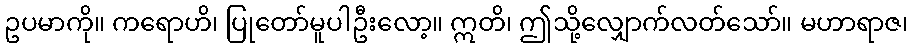
ဥပမာကို။ ကရောဟိ၊ ပြုတော်မူပါဦးလော့။ ဣတိ၊ ဤသို့လျှောက်လတ်သော်။ မဟာရာဇ၊